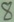
Text: 8